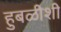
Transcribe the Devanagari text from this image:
हुबळीशी